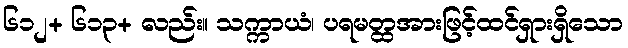
၆၁၂+ ၆၁၃+ လည်း။ သက္ကာယံ၊ ပရမတ္ထအားဖြင့်ထင်ရှားရှိသော